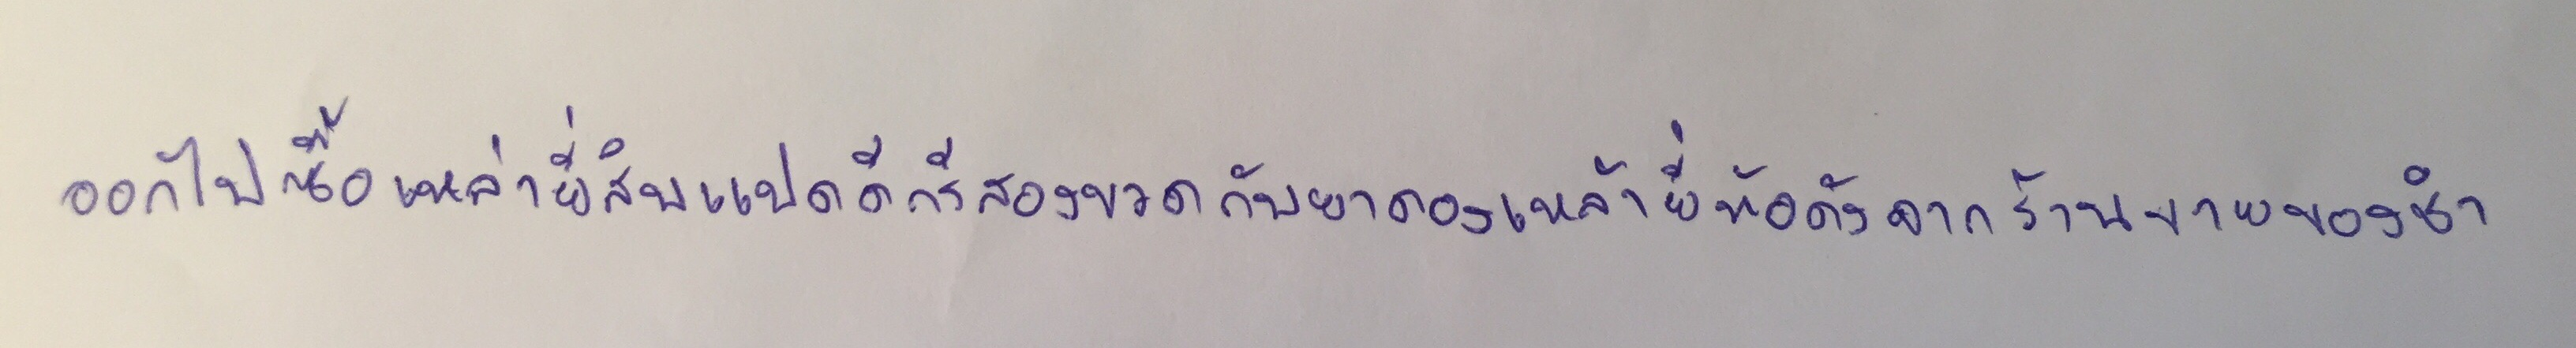
ออกไปซื้อเหล่ายี่สิบแปดดีกรีสองขวดกับยาดองเหล้ายี่ห้อดังจากร้านขายของชำหน้าหมู่บ้าน